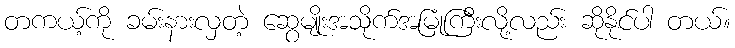
တကယ့်ကို ခမ်းနားလှတဲ့ ဆွေမျိုးအသိုက်အမြုံကြီးလို့လည်း ဆိုနိုင်ပါ တယ်။